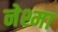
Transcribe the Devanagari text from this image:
नेश्मा